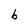
Character: b